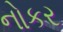
નોકર